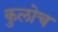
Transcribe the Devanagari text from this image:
कुलोच